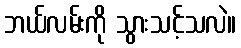
ဘယ်လမ်းကို သွားသင့်သလဲ။